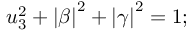
u _ { 3 } ^ { 2 } + \left| \beta \right| ^ { 2 } + \left| \gamma \right| ^ { 2 } = 1 ;